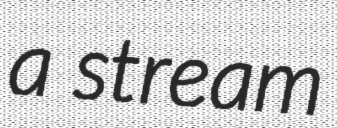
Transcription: a stream